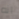
انه